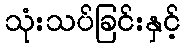
သုံးသပ်ခြင်းနှင့်